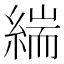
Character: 𮈪